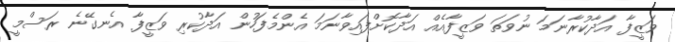
ވަޒީފާ އަދާކުރާނަމަ ނުވަތަ ވަޒީފާއެއް އަދާކޮށްފައިވާނަމަ އެންމެފަހުން އަދާކުރި ވަޒީފާ އެނގޭނެ ރަސްމީ